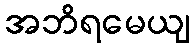
အဘိရမေယျ